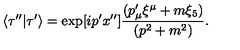
\langle \tau ^ { \prime \prime } | \tau ^ { \prime } \rangle = \exp [ i p ^ { \prime } x ^ { \prime \prime } ] { \frac { ( p _ { \mu } ^ { \prime } \xi ^ { \mu } + m \xi _ { 5 } ) } { ( p ^ { 2 } + m ^ { 2 } ) } } .